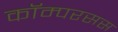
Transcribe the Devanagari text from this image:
कॉम्परसस